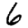
Digit: 6